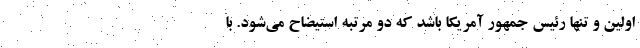
اولین و تنها رئیس جمهور آمریکا باشد که دو مرتبه استیضاح می‌شود. با